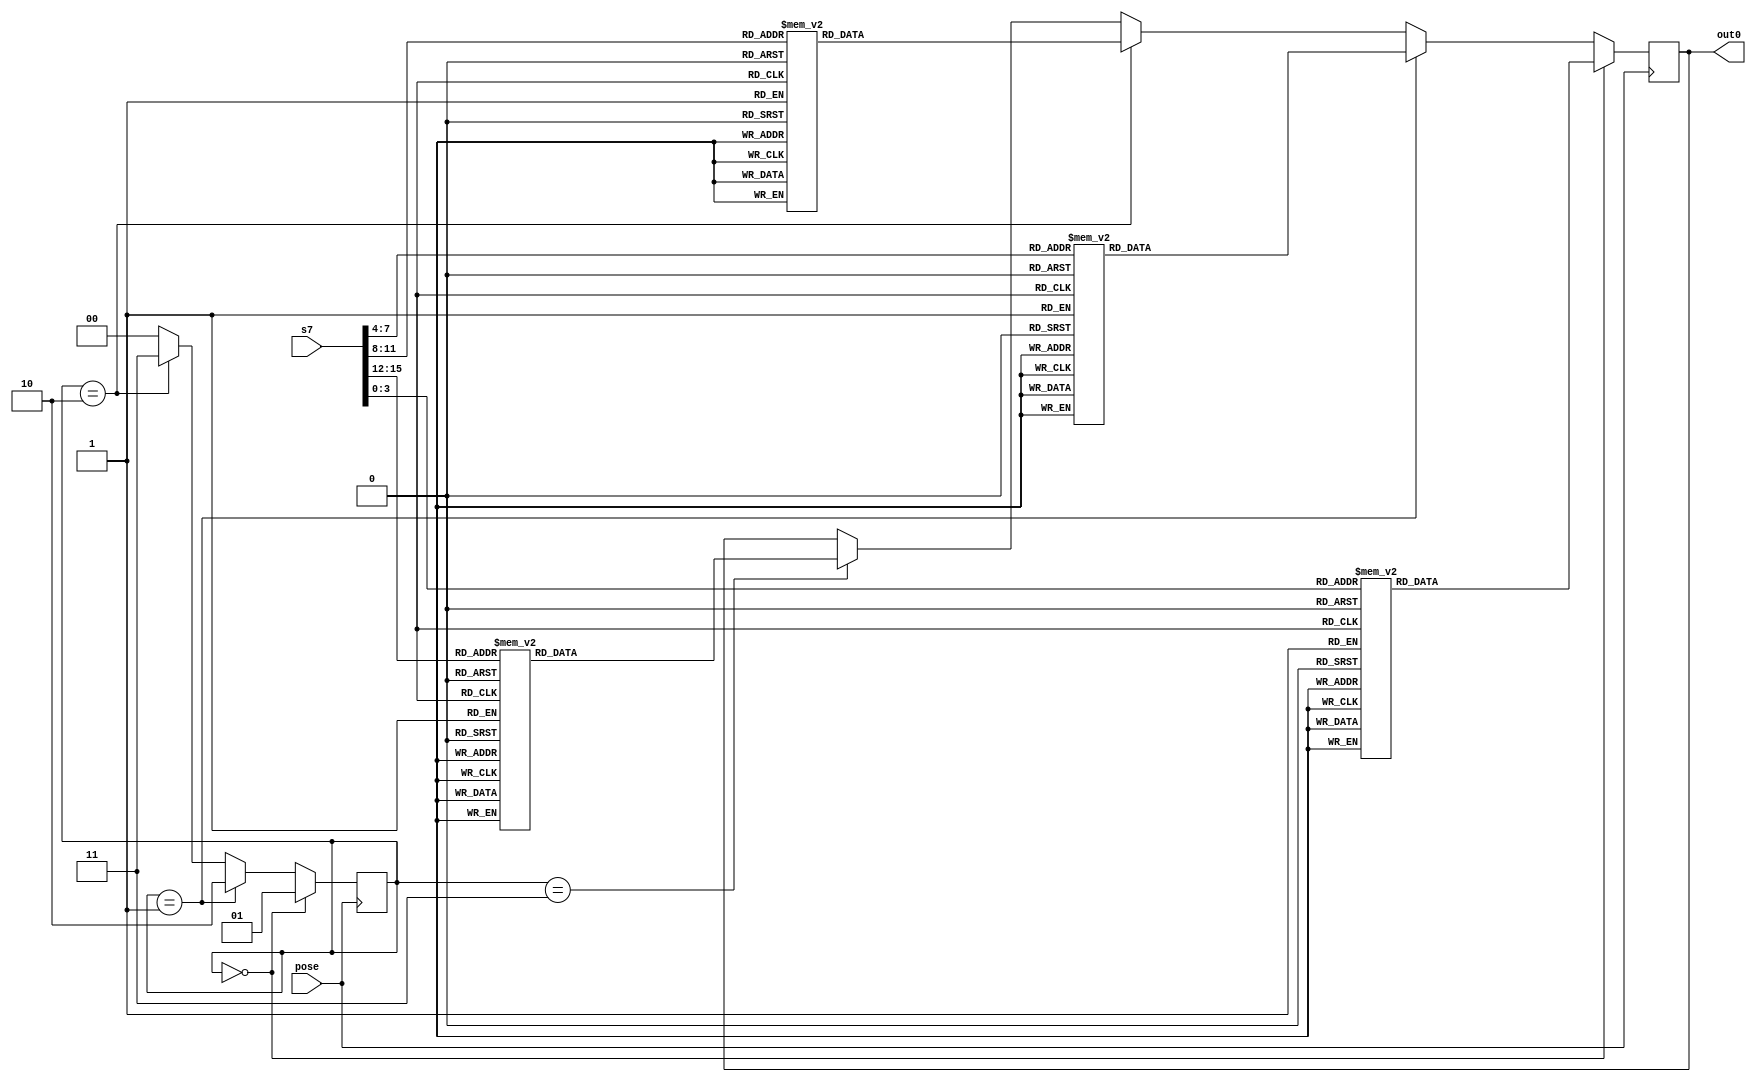
`timescale 1ns / 1ps

module xianshi(
input wire pose,
input wire [31:0] s7,
output reg [15:0] out0
    );
    reg [15:0] out_an0;
    reg [15:0] out_an1;
    reg [15:0] out_an2;
    reg [15:0] out_an3;
    reg [1:0] state;
    always@(*)begin
    case(s7[3:0])
        4'd0: out_an0<=16'h013f;
        4'd1: out_an0<=16'h0106;
        4'd2: out_an0<=16'h015b;
        4'd3: out_an0<=16'h014f;
        4'd4: out_an0<=16'h0166;
        4'd5: out_an0<=16'h0167;
        4'd6: out_an0<=16'h017d;
        4'd7: out_an0<=16'h0107;
        4'd8: out_an0<=16'h017f;
        4'd9: out_an0<=16'h016f;
        4'd10: out_an0<=16'h0177;
        4'd11: out_an0<=16'h017c;
        4'd12: out_an0<=16'h0139;
        4'd13: out_an0<=16'h015e;
        4'd14: out_an0<=16'h017b;
        4'd15: out_an0<=16'h0171;
        endcase
    case(s7[7:4])
            4'd0: out_an1<=16'h023f;
            4'd1: out_an1<=16'h0206;
            4'd2: out_an1<=16'h025b;
            4'd3: out_an1<=16'h024f;
            4'd4: out_an1<=16'h0266;
            4'd5: out_an1<=16'h0267;
            4'd6: out_an1<=16'h027d;
            4'd7: out_an1<=16'h0207;
            4'd8: out_an1<=16'h027f;
            4'd9: out_an1<=16'h026f;
            4'd10: out_an1<=16'h0277;
            4'd11: out_an1<=16'h027c;
            4'd12: out_an1<=16'h0239;
            4'd13: out_an1<=16'h025e;
            4'd14: out_an1<=16'h027b;
            4'd15: out_an1<=16'h0271;
            endcase    
    case(s7[11:8])
                4'd0: out_an2<=16'h043f;
                4'd1: out_an2<=16'h0406;
                4'd2: out_an2<=16'h045b;
                4'd3: out_an2<=16'h044f;
                4'd4: out_an2<=16'h0466;
                4'd5: out_an2<=16'h0467;
                4'd6: out_an2<=16'h047d;
                4'd7: out_an2<=16'h0407;
                4'd8: out_an2<=16'h047f;
                4'd9: out_an2<=16'h046f;
                4'd10: out_an2<=16'h0477;
                4'd11: out_an2<=16'h047c;
                4'd12: out_an2<=16'h0439;
                4'd13: out_an2<=16'h045e;
                4'd14: out_an2<=16'h047b;
                4'd15: out_an2<=16'h0471;
                endcase  
    case(s7[15:12])       
    4'd0: out_an3<=16'h083f;
    4'd1: out_an3<=16'h0806;
    4'd2: out_an3<=16'h085b;
    4'd3: out_an3<=16'h084f;
    4'd4: out_an3<=16'h0866;
    4'd5: out_an3<=16'h0867;
    4'd6: out_an3<=16'h087d;
    4'd7: out_an3<=16'h0807;
    4'd8: out_an3<=16'h087f;
    4'd9: out_an3<=16'h086f;
    4'd10: out_an3<=16'h0877;
    4'd11: out_an3<=16'h087c;
    4'd12: out_an3<=16'h0839;
    4'd13: out_an3<=16'h085e;
    4'd14: out_an3<=16'h087b;
    4'd15: out_an3<=16'h0871;
    endcase          
    end
    always@(posedge pose)begin
    if(state==2'b00)begin
    state<=2'b01;
    out0<=out_an0;
    end
    else if(state==2'b01)begin
    state<=2'b10;
    out0<=out_an1;
    end
    else if(state==2'b10)begin
    state<=2'b11;
    out0<=out_an2;
    end
    else if(state==2'b11)begin
    state<=2'b00;
    out0<=out_an3;
    end
    else state=2'b00;
    end
endmodule